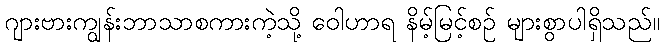
ဂျားဗားကျွန်းဘာသာစကားကဲ့သို့ ဝေါဟာရ နိမ့်မြင့်စဉ် များစွာပါရှိသည်။